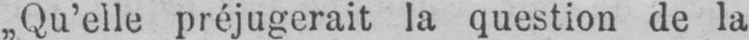
x préjugerait la question de la